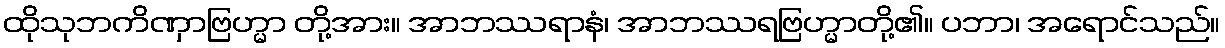
ထိုသုဘကိဏှာဗြဟ္မာ တို့အား။ အာဘဿရာနံ၊ အာဘဿရဗြဟ္မာတို့၏။ ပဘာ၊ အရောင်သည်။